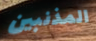
المذنبين